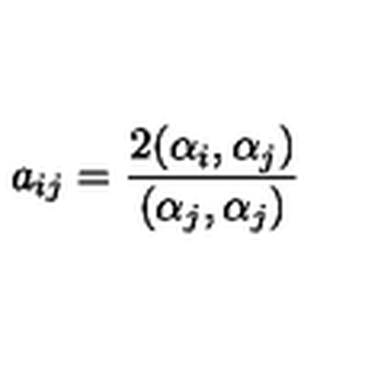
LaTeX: a _ { i j } = \frac { 2 ( \alpha _ { i } , \alpha _ { j } ) } { ( \alpha _ { j } , \alpha _ { j } ) }